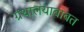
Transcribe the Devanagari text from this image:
ग्रंथालयाबाबत